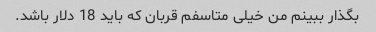
بگذار ببینم من خیلی متاسفم قربان که باید 18 دلار باشد.